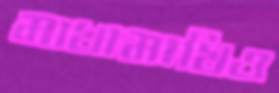
মাখামাখিও